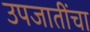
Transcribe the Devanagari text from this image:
उपजातींचा